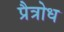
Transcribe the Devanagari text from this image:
प्रैत्रोध